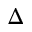
\Delta